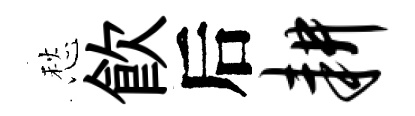
愁飮后耕